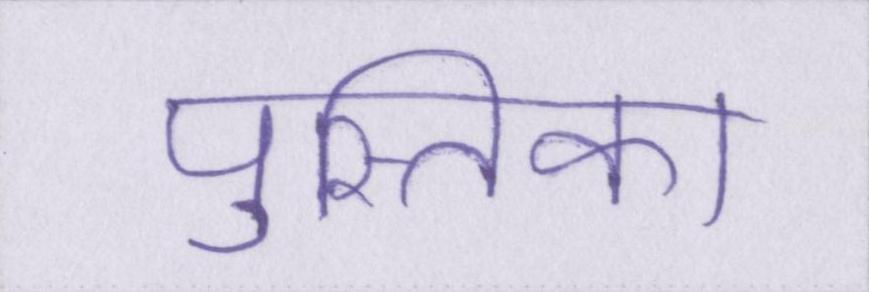
पुस्तिका